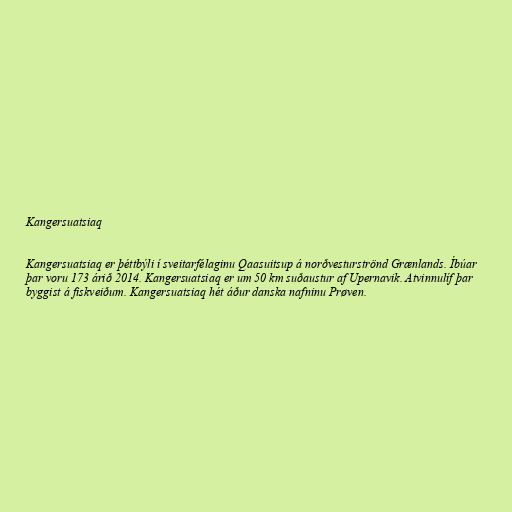
Kangersuatsiaq

Kangersuatsiaq er þéttbýli í sveitarfélaginu Qaasuitsup á norðvesturströnd Grænlands. Íbúar
þar voru 173 árið 2014. Kangersuatsiaq er um 50 km suðaustur af Upernavik. Atvinnulíf þar
byggist á fiskveiðum. Kangersuatsiaq hét áður danska nafninu Prøven.